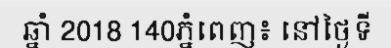
ឆ្នាំ 2018 140ភ្នំពេញ៖ នៅថ្ងៃទី